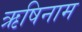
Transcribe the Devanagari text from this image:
ऋषिनाम